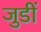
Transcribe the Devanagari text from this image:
जुडीं